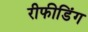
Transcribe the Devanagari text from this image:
रीफीडिंग